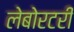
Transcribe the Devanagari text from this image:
लेबोरटरी